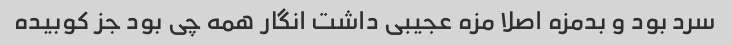
سرد بود و بدمزه اصلا مزه عجیبی داشت انگار همه چی بود جز کوبیده